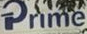
Prime